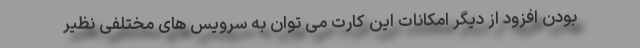
بودن افزود از دیگر امکانات این کارت می توان به سرویس های مختلفی نظیر